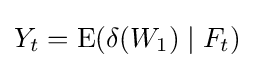
Y_{t}=\operatorname {E} (\delta (W_{1})\mid F_{t})